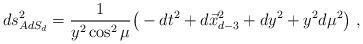
LaTeX: \begin{align*}ds^2_{AdS_d} = {1\over y^2\cos^2\mu} \big( -dt^2 + d\vec{x}_{d-3}^2 +dy^2 +y^2 d\mu^2\big)\ ,\end{align*}